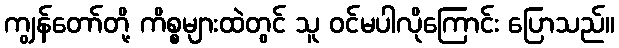
ကျွန်တော်တို့ ကိစ္စများထဲတွင် သူ ဝင်မပါလိုကြောင်း ပြောသည်။